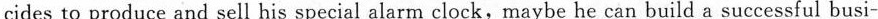
cides to produce and sell his special alarm clock,maybe he can build a successful busi-